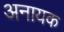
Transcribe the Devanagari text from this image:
अनायक